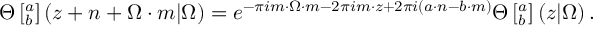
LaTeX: \Theta \left[ ^ a _ { b } \right] \left( z + n + \Omega \cdot m | \Omega \right) = e ^ { - \pi i m \cdot \Omega \cdot m - 2 \pi i m \cdot z + 2 \pi i ( a \cdot n - b \cdot m ) } \Theta \left[ ^ a _ { b } \right] \left( z | \Omega \right) .